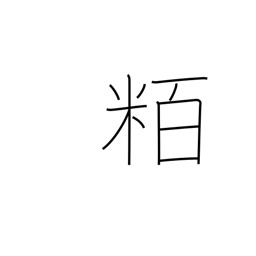
Meaning: hectometre